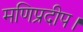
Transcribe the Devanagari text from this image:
मणिप्रदीप।